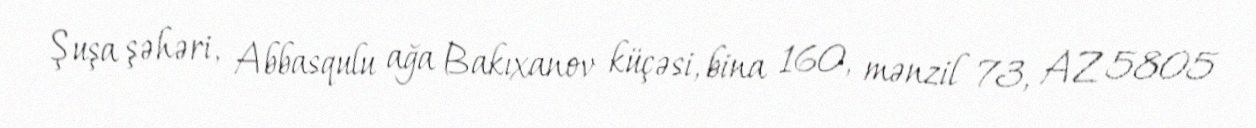
Şuşa şəhəri, Abbasqulu ağa Bakıxanov küçəsi, bina 160, mənzil 73, AZ 5805